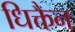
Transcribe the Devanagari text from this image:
धिक्तैन